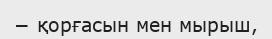
− қорғасын мен мырыш,